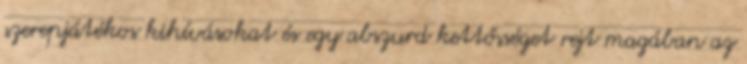
szerepjátékos kihívásokat és egy abszurd kettősséget rejt magában az